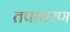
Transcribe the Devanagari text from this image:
तपाचरण